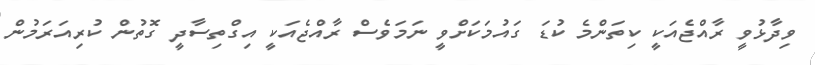
ވިދާޅުވީ ރާއްޖެއަކީ ކިތަންމެ ކުޑަ ގައުމަކަށްވީ ނަމަވެސް ރާއްޖެއަކީ އިގްތިސާދީ ގޮތުން ކުރިއަރަމުން